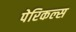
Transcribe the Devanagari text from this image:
पेरिकल्स